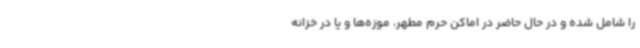
را شامل شده و در حال حاضر در اماکن حرم مطهر، موزه‌ها و یا در خزانه